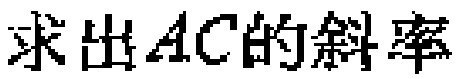
求出\(AC\)的斜率